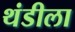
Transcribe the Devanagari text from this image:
थंडीला